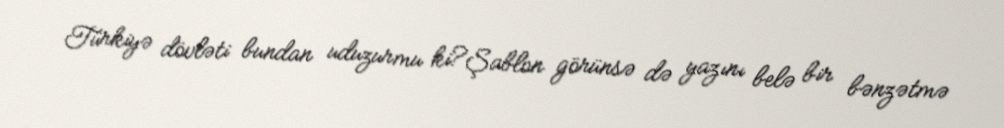
Türkiyə dövləti bundan uduzurmu ki?Şablon görünsə də yazını belə bir bənzətmə